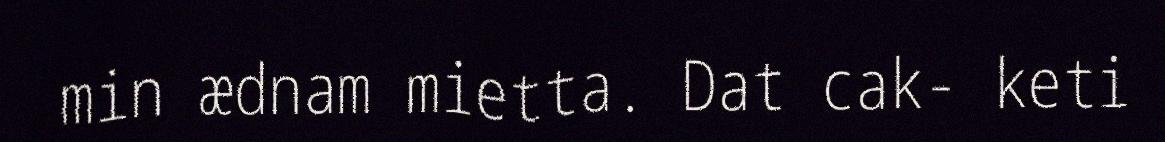
min ædnam mietta. Dat cak- keti